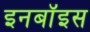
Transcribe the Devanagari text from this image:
इनबॉइस